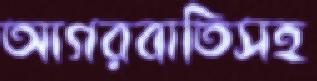
আগরবাতিসহ